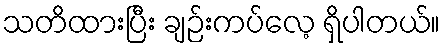
သတိထားပြီး ချဉ်းကပ်လေ့ ရှိပါတယ်။